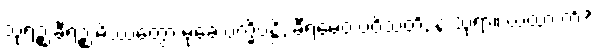
သုရဉ္စ ခီရဉ္စ မိဿေတွာ မုခေ ပက္ခိပန္တိ, ခီရမေဝ ပဝိသတိ, န သုရာ။ ယထာ ကိံ?